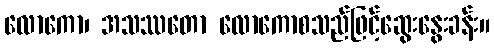
လောကော၊ အသဿတော လောကောစသည်ဖြင့်ဆွေးနွေးခန်း။